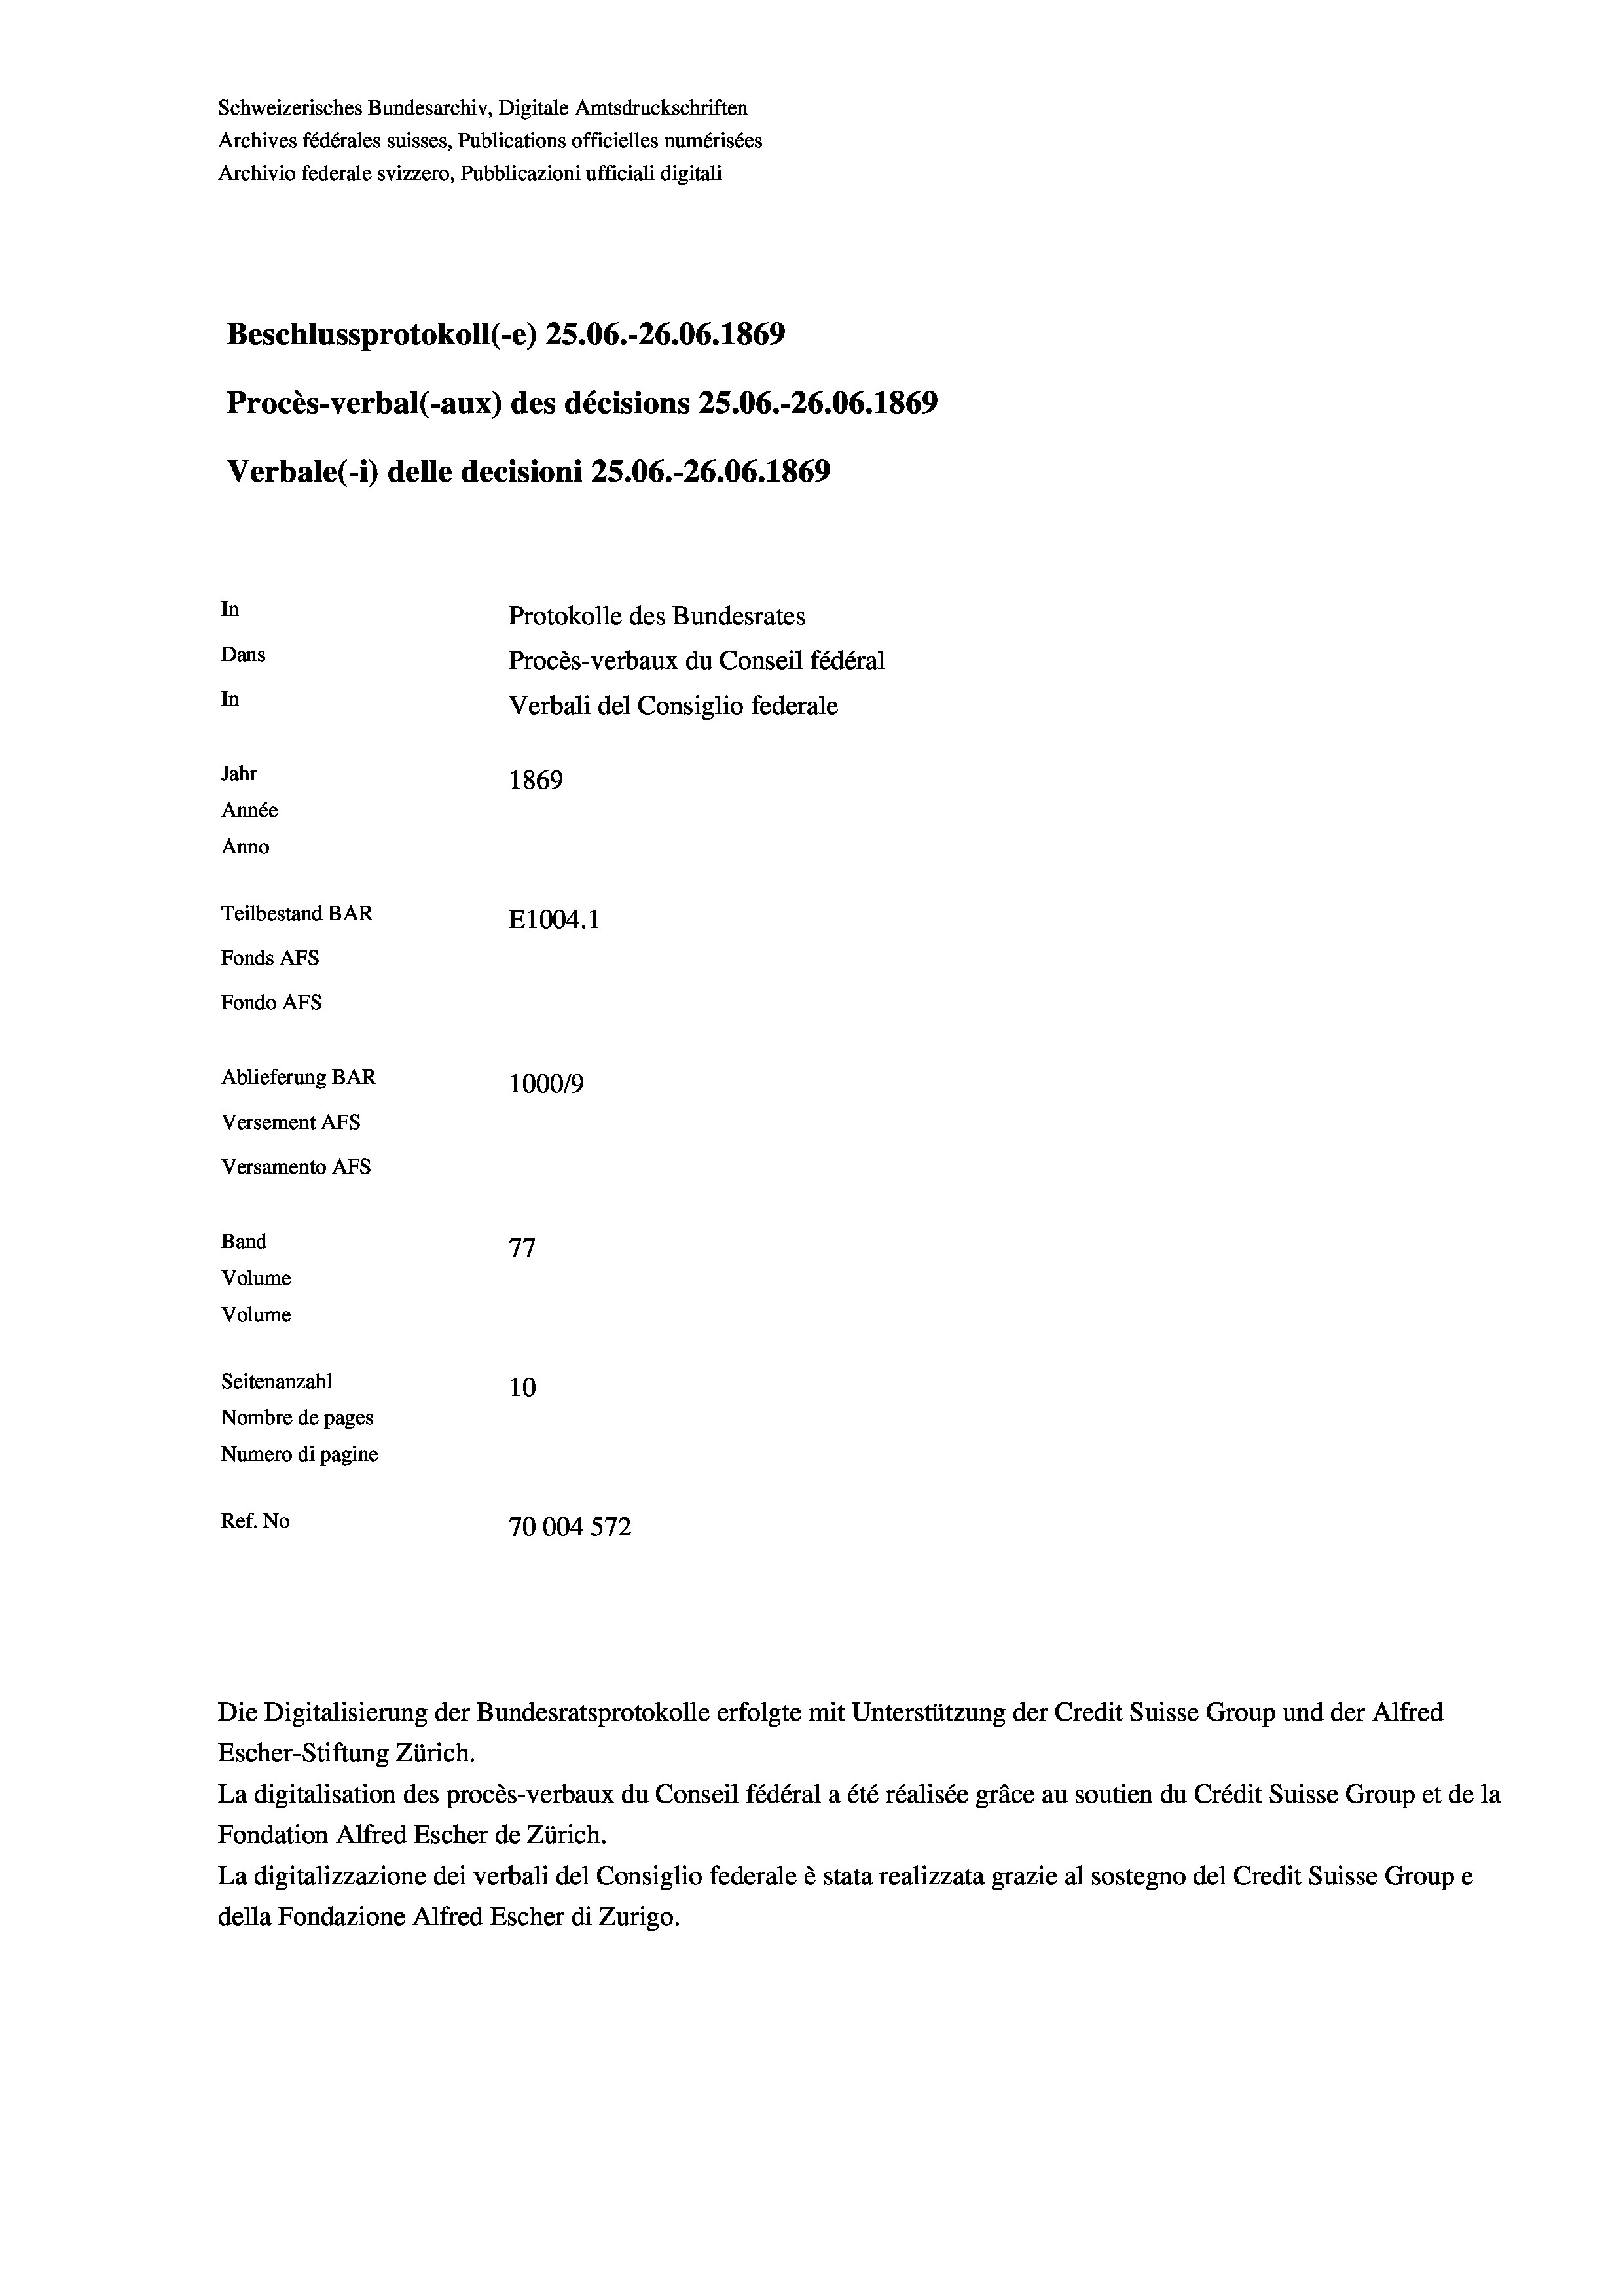
Schweizerisches Bundesarchiv, Digitale Amtsdruckschriften
Archives fédérales suisses, Publications officielles numérisées
Archivio federale svizzero, Pubblicazioni ufficiali digitali
Beschlussprotokoll (-e) 25.06.-26.06. 1869
Procès-verbal (-aux) des décisions 25.06.-26.06. 1869
Verbale (- 1) delle decisioni 25.06.-26.06. 1869
In
Protokolle des Bundesrates
Dans
Procès-verbaux du Conseil fédéral
In
Jahr
1869
Année
Anno
Teilbestand BAR
E1004.1
Fonds Afs
Fondo Afs
Ablieferung BAR
100019
Versement AFS
Versamento AFS
Band
77
Volume
Volume
Seitenanzahl
10
Nombre de pages
Numero di pagine
Ref. No
70004572

Verbali del Consiglio federale

Escher-Stiftung Zürich.
La digitalisation des procès-verbaux du Conseil fédéral a été réalisée gräce au soutien du Crédit Suisse Group et de la
Fondation Alfred Escher de Zürich.
La digitalizzazione dei verbali del Consiglio federale è stata realizzata grazie al sostegno del Credit Suisse Groupe
della Fondazione Alfred Escher di Zurigo.

Die Digitalisierung der Bundesratsprotokolle erfolgte mit Unterstützung der Credit Suisse Group und der Alfred